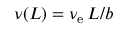
\nu ( L ) = \nu _ { \mathrm { e } } \, L / b